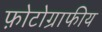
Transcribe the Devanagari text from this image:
फ़ोटोग्राफीय